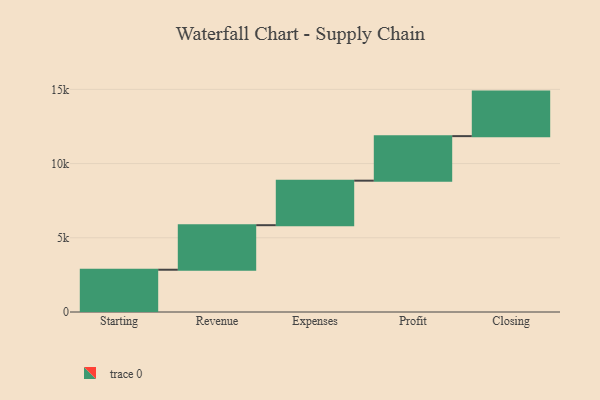
{"axis": {"x": "Step", "y": "Value"}, "legend": [""], "data": [{"x": "Starting", "y": 2848.0, "type": ""}, {"x": "Revenue", "y": 3000, "type": ""}, {"x": "Expenses", "y": 3000, "type": ""}, {"x": "Profit", "y": 3000, "type": ""}, {"x": "Closing", "y": 3000, "type": ""}]}